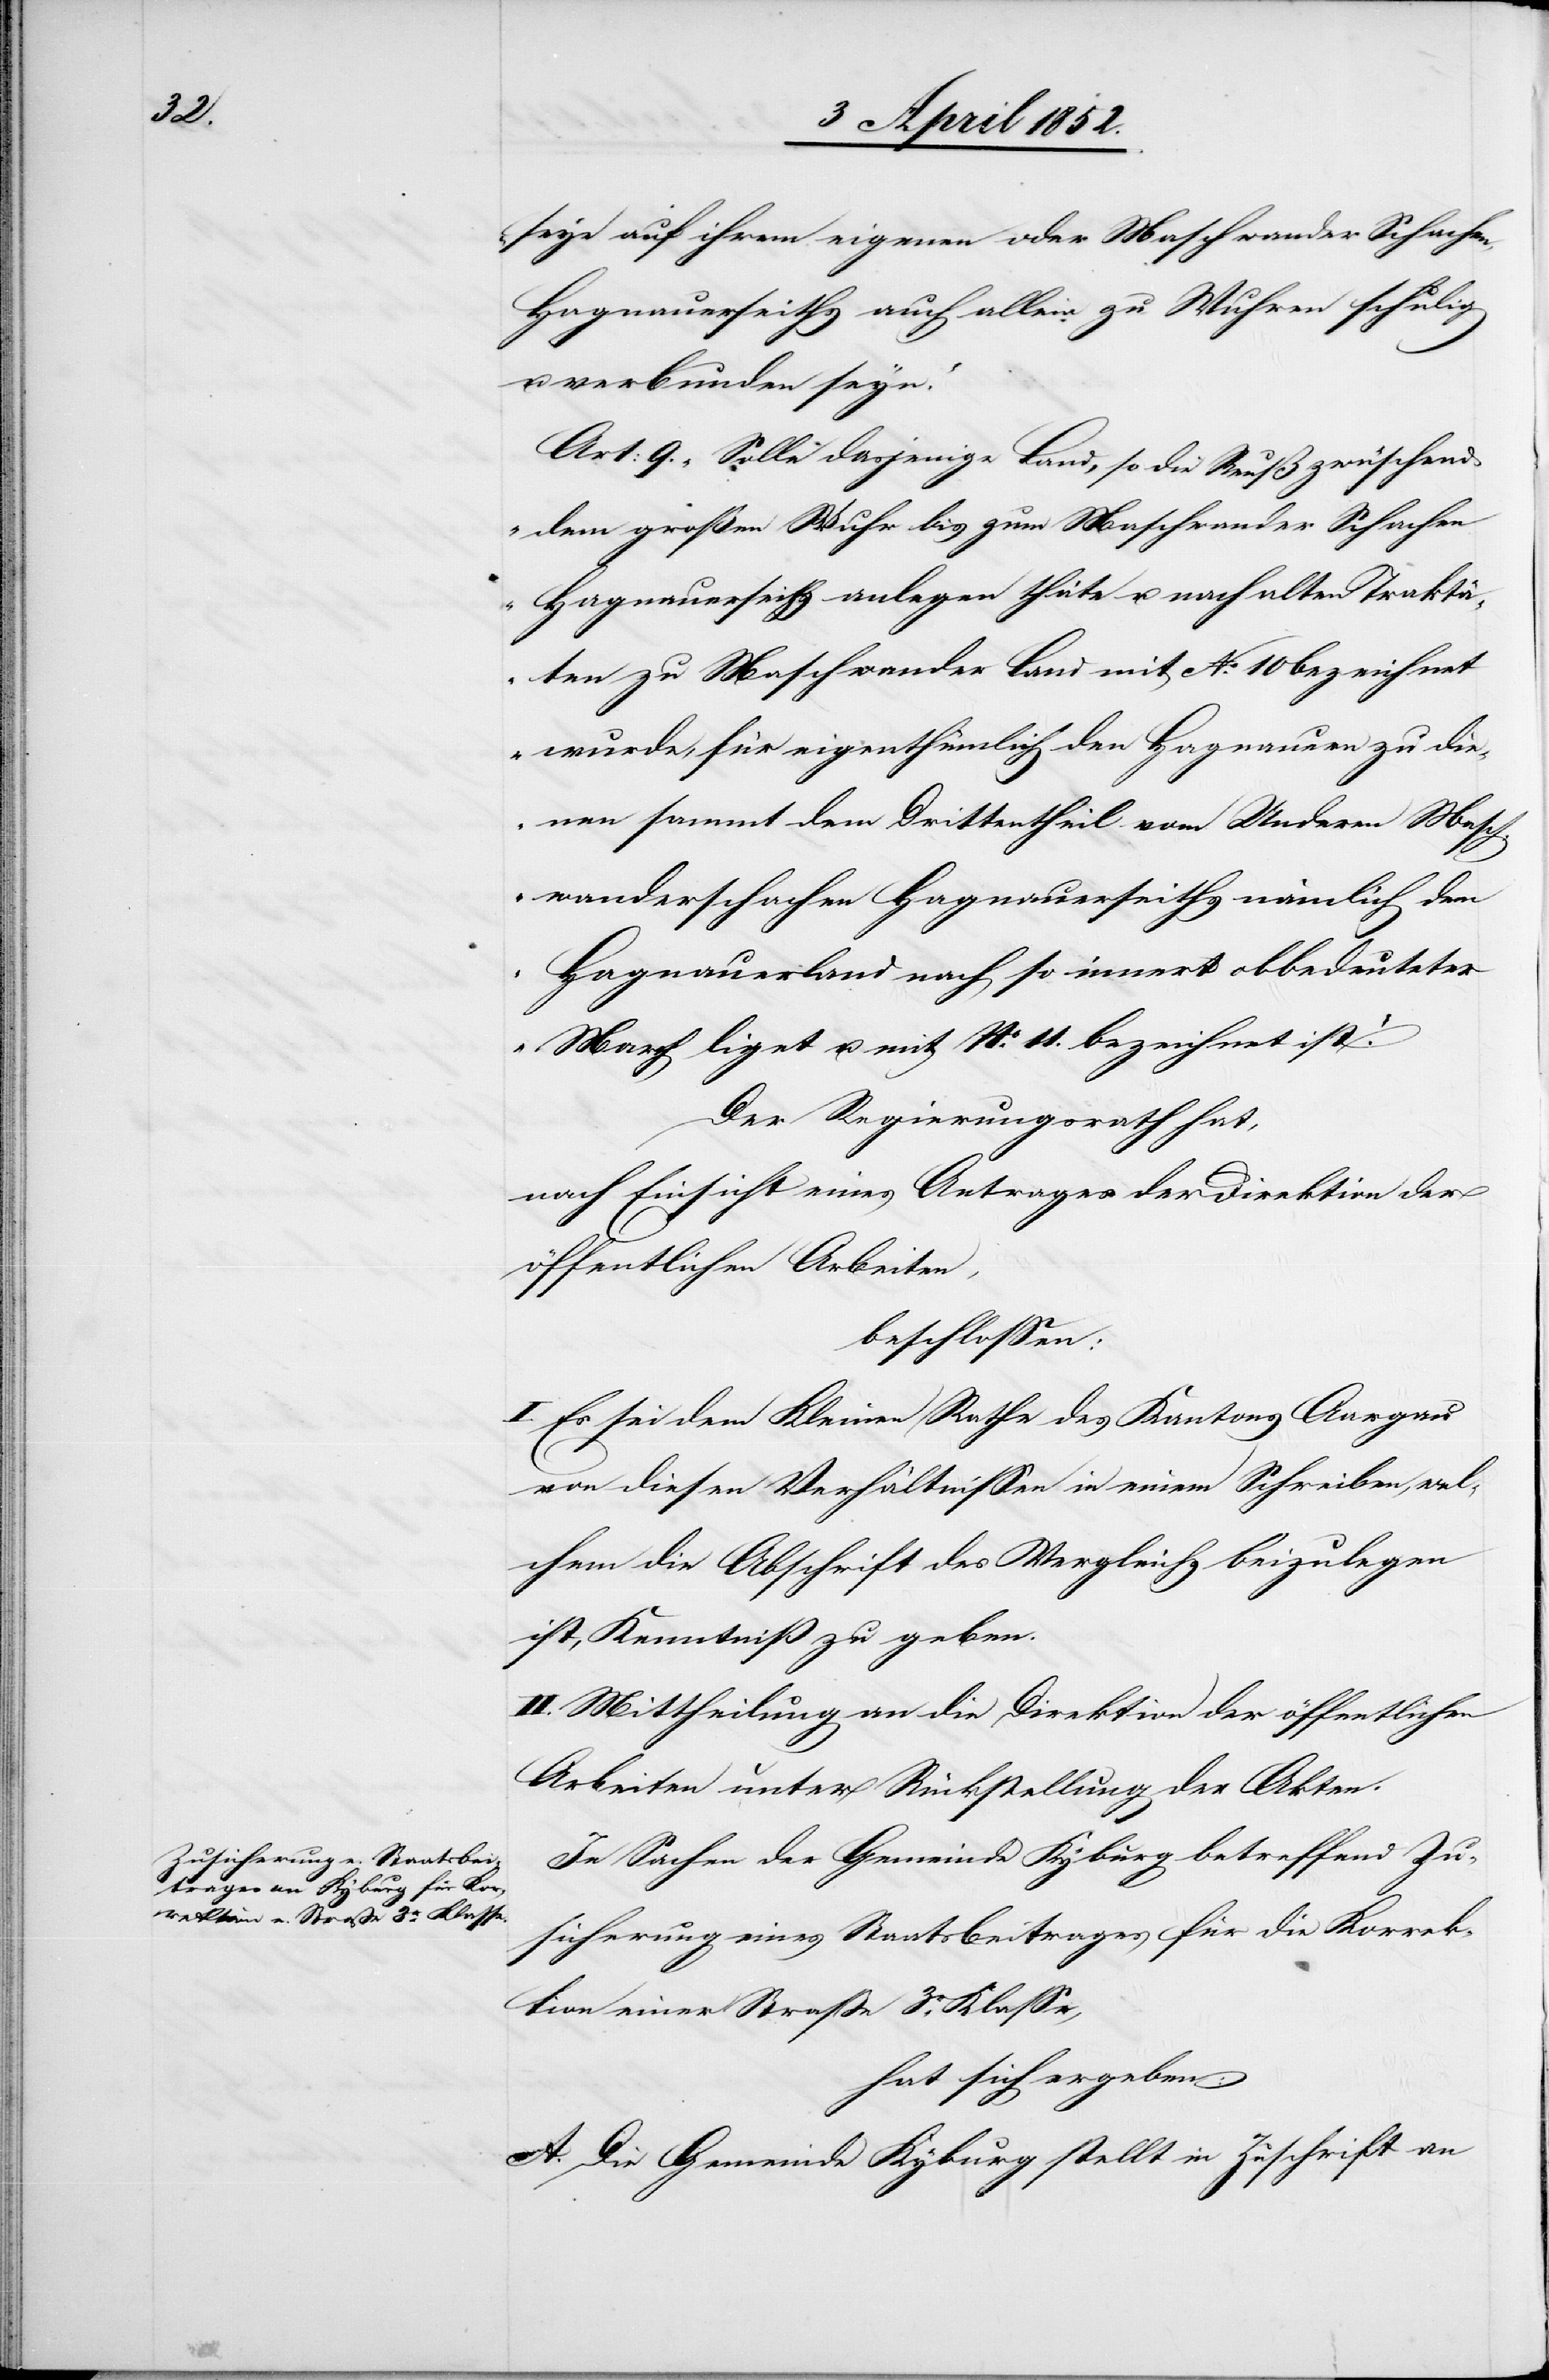
seye auf ihrem eigenen oder Maschwander Schachen,
Hagnauerseiths auch allein zu Wuhren schuldig
verbunden seyn.“
Art: 9. „Solle dasjenige Land, so die Reuß zwüschend
dem großen Wuhr bis zum Maschwander Schachen
Hagnauerseiths anlegen thäte u. nach alten Traktä¬
ten zu Maschwander Land mit No. 10 bezeichnet
wurde, für eigenthümlich den Hagnauern zu die¬
nen sammt dem Drittentheil vom Underen Masch¬
wanderschachen Hagnauerseiths nämlich dem
Hagnauerland nach so innert obbedeuteter
March liget u. mit No. 11. bezeichnet ist.“
Der Regierungsrath hat,
nach Einsicht eines Antrages der Direktion der
öffentlichen Arbeiten,
beschlossen:
I. Es sei dem Kleinen Rathe des Kantons Aargau
von diesen Verhältnissen in einem Schreiben, wel¬
chem die Abschrift des Vergleichs beizulegen
ist, Kenntniß zu geben.
II. Mittheilung an die Direktion der öffentlichen
Arbeiten unter Rückstellung der Akten.
In Sachen der Gemeinde Kyburg betreffend Zu¬
sicherung eines Staatsbeitrages für die Korrek¬
tion einer Strasse 3r. Klasse,
hat sich ergeben:
A. Die Gemeinde Kyburg stellt in Zuschrift an